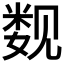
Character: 𰴚